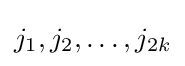
{\textstyle j_{1},j_{2},\dots ,j_{2k}}